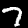
Digit: 7